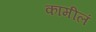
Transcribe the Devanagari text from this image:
कामीलं